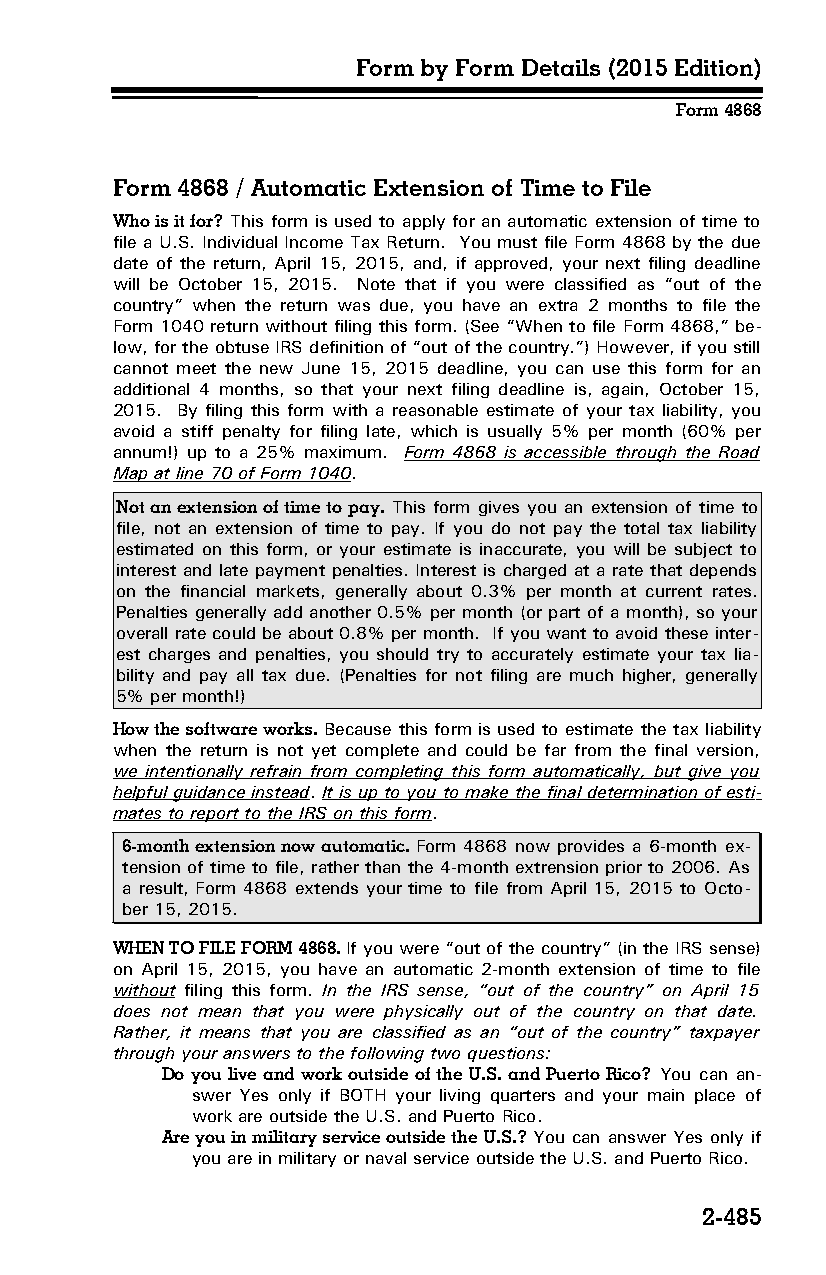
Form by Form Details (2015 Edition)
 Form 4868
 Form 4868 / Automatic Extension of Time to File
 Who is it for? This form is used to apply for an automatic extension of time to
 file a U.S. Individual Income Tax Return. You must file Form 4868 by the due
 date of the return, April 15, 2015, and, if approved, your next filing deadline
 will be October 15, 2015. Note that if you were classified as “out of the
 country” when the return was due, you have an extra 2 months to file the
 Form 1040 return without filing this form. (See “When to file Form 4868,” be­
 low, for the obtuse IRS definition of “out of the country.”) However, if you still
 cannot meet the new June 15, 2015 deadline, you can use this form for an
 additional 4 months, so that your next filing deadline is, again, October 15,
 2015. By filing this form with a reasonable estimate of your tax liability, you
 avoid a stiff penalty for filing late, which is usually 5% per month (60% per
 annum!) up to a 25% maximum. Form 4868 is accessible through the Road
 Map at line 70 of Form 1040.
 Not an extension of time to pay. This form gives you an extension of time to
 file, not an extension of time to pay. If you do not pay the total tax liability
 estimated on this form, or your estimate is inaccurate, you will be subject to
 interest and late payment penalties. Interest is charged at a rate that depends
 on the financial markets, generally about 0.3% per month at current rates.
 Penalties generally add another 0.5% per month (or part of a month), so your
 overall rate could be about 0.8% per month. If you want to avoid these inter­
 est charges and penalties, you should try to accurately estimate your tax lia­
 bility and pay all tax due. (Penalties for not filing are much higher, generally
 5% per month!)
 How the software works. Because this form is used to estimate the tax liability
 when the return is not yet complete and could be far from the final version,
 we intentionally refrain from completing this form automatically, but give you
 helpful guidance instead. It is up to you to make the final determination of esti­
 mates to report to the IRS on this form.
 6-month extension now automatic. Form 4868 now provides a 6-month ex­
 tension of time to file, rather than the 4-month extrension prior to 2006. As
 a result, Form 4868 extends your time to file from April 15, 2015 to Octo­
 ber 15, 2015.
 WHEN TO FILE FORM 4868. If you were “out of the country” (in the IRS sense)
 on April 15, 2015, you have an automatic 2-month extension of time to file
 without filing this form. In the IRS sense, “out of the country” on April 15
 does not mean that you were physically out of the country on that date.
 Rather, it means that you are classified as an “out of the country” taxpayer
 through your answers to the following two questions:
 Do you live and work outside of the U.S. and Puerto Rico? You can an­
 swer Yes only if BOTH your living quarters and your main place of
 work are outside the U.S. and Puerto Rico.
 Are you in military service outside the U.S.? You can answer Yes only if
 you are in military or naval service outside the U.S. and Puerto Rico.
 2-485